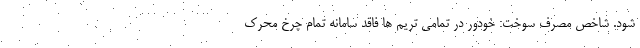
شود. شاخص مصرف سوخت: خودور در تمامی تریم ها فاقد سامانه تمام چرخ محرک